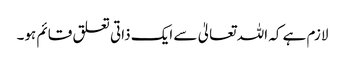
لازم ہے کہ اللہ تعالیٰ سے ایک ذاتی تعلق قائم ہو۔